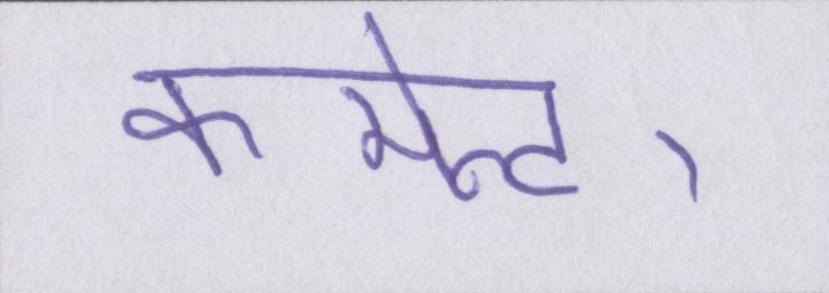
कमेन्ट।